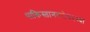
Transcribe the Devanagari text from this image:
पाकिस्तानबरोबरच्या